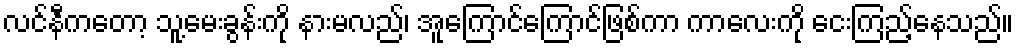
လင်နီကတော့ သူ့မေးခွန်းကို နားမလည်၊ အူကြောင်ကြောင်ဖြစ်ကာ ကာလေးကို ငေးကြည့်နေသည်။